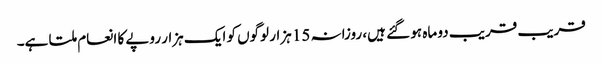
قریب قریب دو ماہ ہو گئے ہیں، روزانہ 15 ہزار لوگوں کو ایک ہزار روپے کا انعام ملتا ہے۔